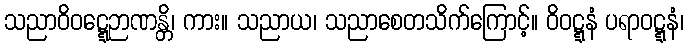
သညာဝိဝဋ္ဋေဉာဏန္တိ၊ ကား။ သညာယ၊ သညာစေတသိက်ကြောင့်။ ဝိဝဋ္ဋနံ ပရာဝဋ္ဋနံ၊